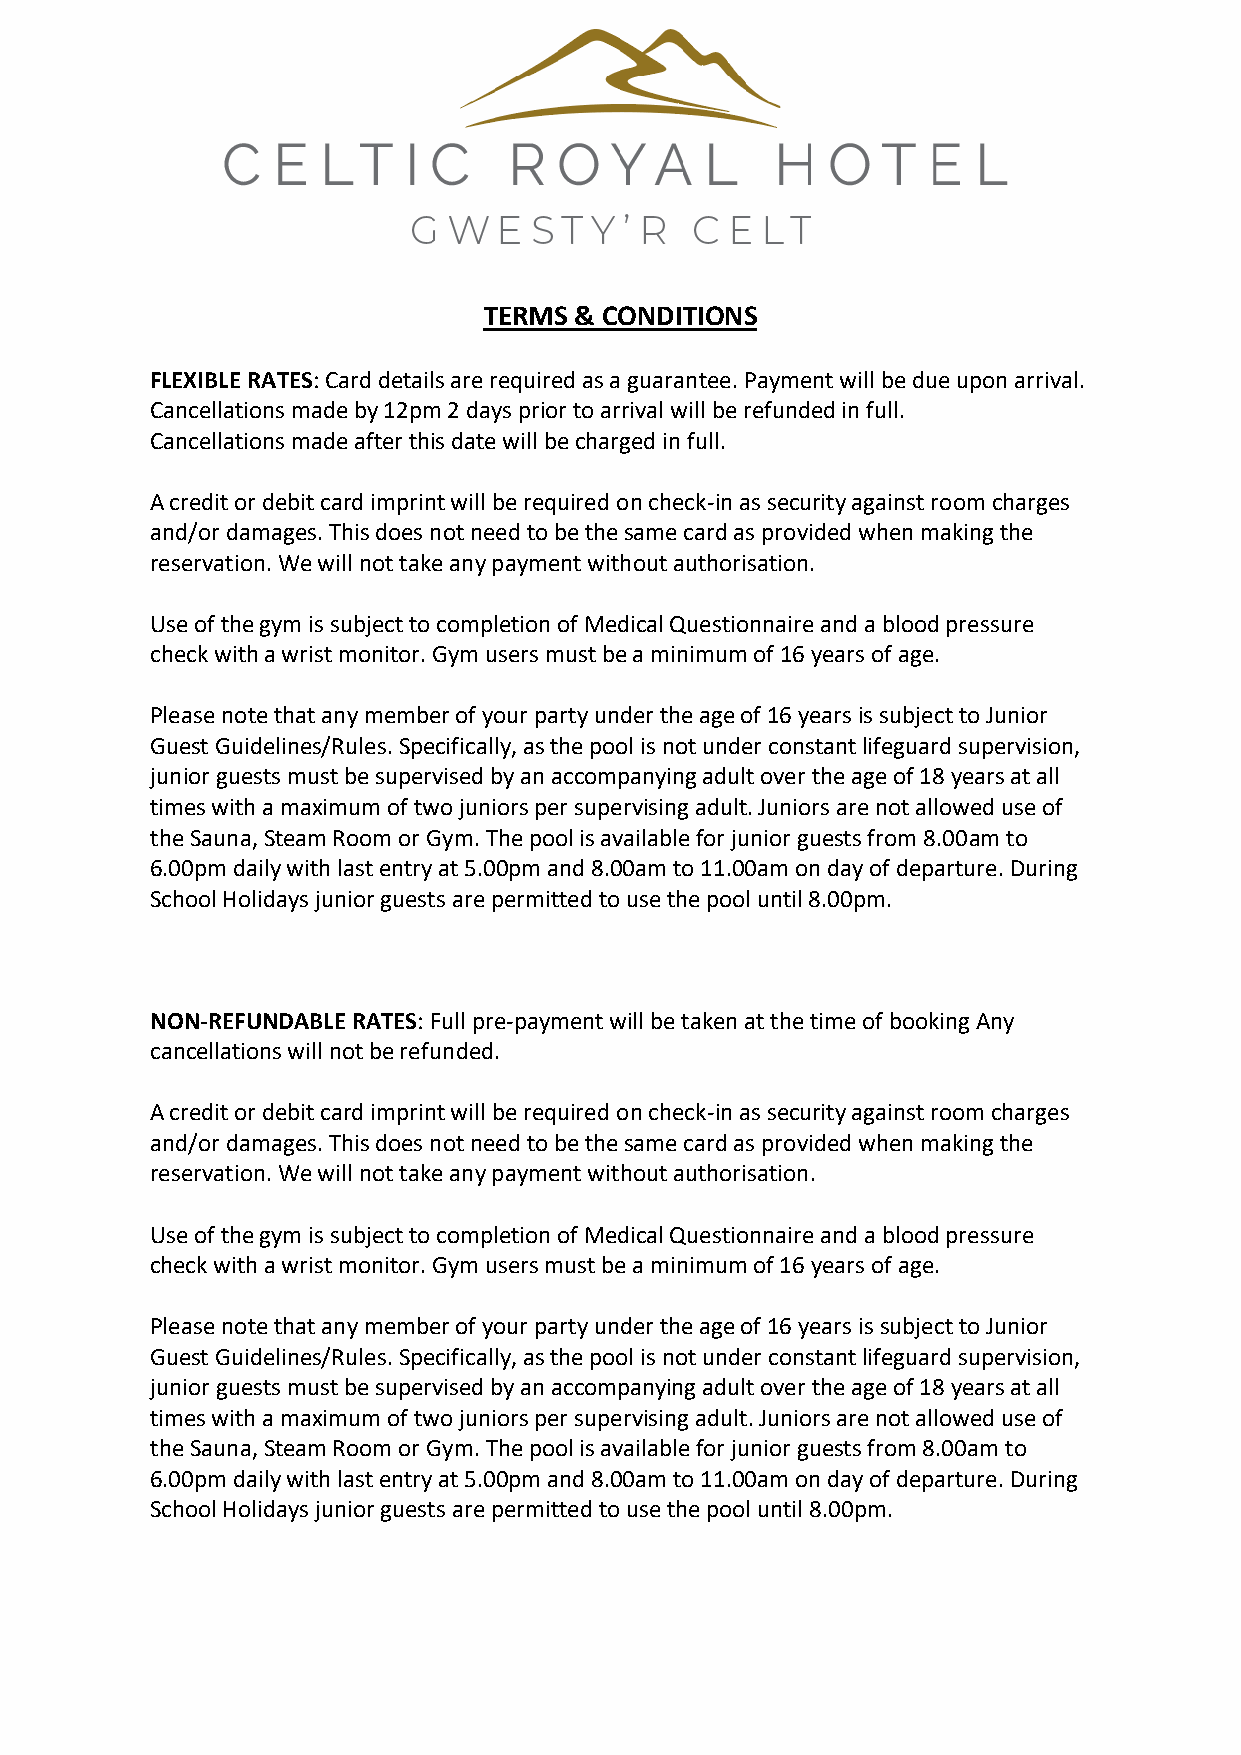
TERMS & CONDITIONS
 FLEXIBLE RATES: Card details are required as a guarantee. Payment will be due upon arrival.
 Cancellations made by 12pm 2 days prior to arrival will be refunded in full.
 Cancellations made after this date will be charged in full.
 A credit or debit card imprint will be required on check-in as security against room charges
 and/or damages. This does not need to be the same card as provided when making the
 reservation. We will not take any payment without authorisation.
 Use of the gym is subject to completion of Medical Questionnaire and a blood pressure
 check with a wrist monitor. Gym users must be a minimum of 16 years of age.
 Please note that any member of your party under the age of 16 years is subject to Junior
 Guest Guidelines/Rules. Specifically, as the pool is not under constant lifeguard supervision,
 junior guests must be supervised by an accompanying adult over the age of 18 years at all
 times with a maximum of two juniors per supervising adult. Juniors are not allowed use of
 the Sauna, Steam Room or Gym. The pool is available for junior guests from 8.00am to
 6.00pm daily with last entry at 5.00pm and 8.00am to 11.00am on day of departure. During
 School Holidays junior guests are permitted to use the pool until 8.00pm.
 NON-REFUNDABLE RATES: Full pre-payment will be taken at the time of booking Any
 cancellations will not be refunded.
 A credit or debit card imprint will be required on check-in as security against room charges
 and/or damages. This does not need to be the same card as provided when making the
 reservation. We will not take any payment without authorisation.
 Use of the gym is subject to completion of Medical Questionnaire and a blood pressure
 check with a wrist monitor. Gym users must be a minimum of 16 years of age.
 Please note that any member of your party under the age of 16 years is subject to Junior
 Guest Guidelines/Rules. Specifically, as the pool is not under constant lifeguard supervision,
 junior guests must be supervised by an accompanying adult over the age of 18 years at all
 times with a maximum of two juniors per supervising adult. Juniors are not allowed use of
 the Sauna, Steam Room or Gym. The pool is available for junior guests from 8.00am to
 6.00pm daily with last entry at 5.00pm and 8.00am to 11.00am on day of departure. During
 School Holidays junior guests are permitted to use the pool until 8.00pm.